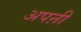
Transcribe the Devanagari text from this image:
अपऩी